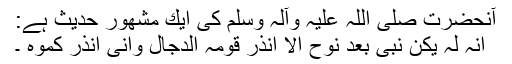
آنحضرت صلی اللہ علیہ وآلہ وسلم كی ایك مشھور حدیث ہے:
انہ لہ یكن نبی بعد نوح الا انذر قومہ الدجال وانی انذر كموہ ۔